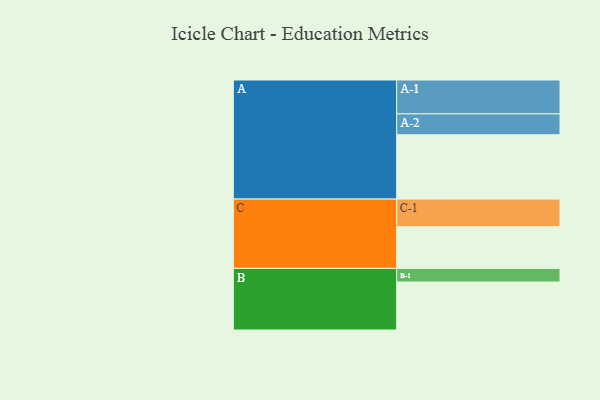
{"axis": {"x": "Segment", "y": "Value"}, "legend": ["", "A", "B", "C"], "data": [{"x": "A", "y": 543, "type": ""}, {"x": "B", "y": 405, "type": ""}, {"x": "C", "y": 352, "type": ""}, {"x": "A-1", "y": 286, "type": "A"}, {"x": "A-2", "y": 176, "type": "A"}, {"x": "B-1", "y": 115, "type": "B"}, {"x": "C-1", "y": 233, "type": "C"}]}